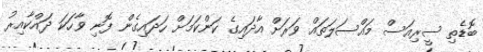
ބޮޑެތި ސީރިއަސް މައްސަލަތައް ވަރަށް އާދައިގެ ކަންކަމަށް ހަދައިގެން ފޮނި ވާހަކަ ދައްކާއިރު